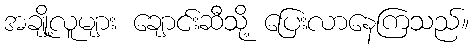
အချို့လူများ ချောင်းဆီသို့ ပြေးလာနေကြသည်။